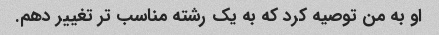
او به من توصیه کرد که به یک رشته مناسب تر تغییر دهم.